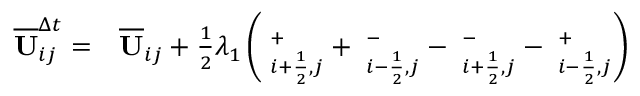
\begin{array} { r l } { \overline { { \mathbf { U } } } _ { i j } ^ { \Delta t } = } & { { } \overline { { \mathbf { U } } } _ { i j } + \frac { 1 } { 2 } \lambda _ { 1 } \left( { \bf \Pi } _ { i + \frac { 1 } { 2 } , j } ^ { + } + { \bf \Pi } _ { i - \frac { 1 } { 2 } , j } ^ { - } - { \bf \Pi } _ { i + \frac { 1 } { 2 } , j } ^ { - } - { \bf \Pi } _ { i - \frac { 1 } { 2 } , j } ^ { + } \right) } \end{array}